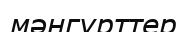
мәңгүрттер